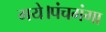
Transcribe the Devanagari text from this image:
गये।पंचगंगा